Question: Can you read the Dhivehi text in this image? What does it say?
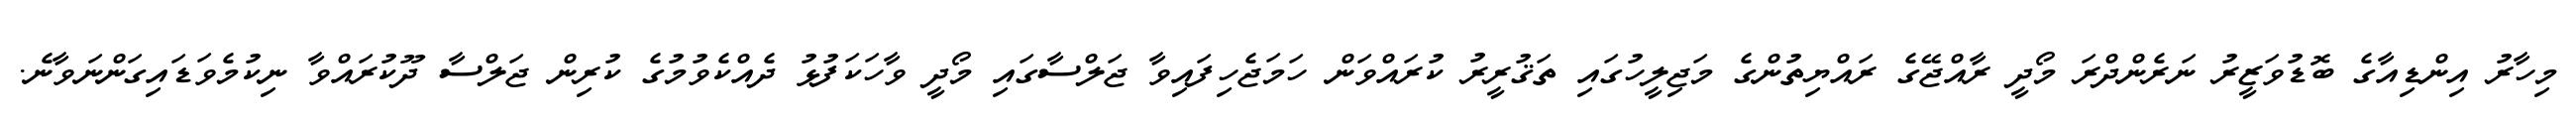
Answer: މިހާރު އިންޑިއާގެ ބޮޑުވަޒީރު ނަރެންދްރަ މޯދީ ރާއްޖޭގެ ރައްޔިތުންގެ މަޖިލީހުގައި ތަޤުރީރު ކުރައްވަން ހަމަޖެހިފައިވާ ޖަލްސާގައި މޯދީ ވާހަކަފުޅު ދެއްކެވުމުގެ ކުރިން ޖަލްސާ ދޫކުރައްވާ ނިކުމެވަޑައިގަންނަވާނެ.